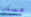
مسكن